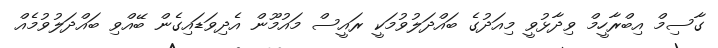
ގާސިމް އިބްރާހީމް ވިދާޅުވީ މިއަދުގެ ބައްދަލުވުމަކީ ރައީސް މައުމޫން އެދިވަޑައިގެން ބޭއްވި ބައްދަލުވުމެއް